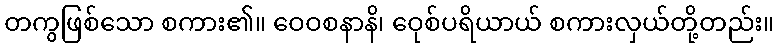
တကွဖြစ်သော စကား၏။ ဝေဝစနာနိ၊ ဝေုစ်ပရိယာယ် စကားလှယ်တို့တည်း။